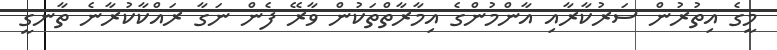
މީގެ އިތުރުން ސަރުކާރާއި އާންމުންގެ އިމާރާތްތަކުން ވާރޭ ފެން ނަގާ ރައްކާކުރާނެ ތާނގީ